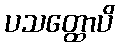
ပသတ္ထောပိ